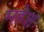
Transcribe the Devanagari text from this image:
महेशः